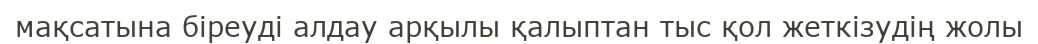
мақсатына біреуді алдау арқылы қалыптан тыс қол жеткізудің жолы